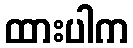
ထားပါက